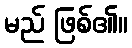
မည် ဖြစ်၏။